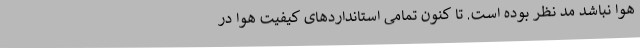
هوا نباشد مد نظر بوده است. تا کنون تمامی استانداردهای کیفیت هوا در